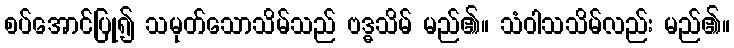
စပ်အောင်ပြု၍ သမုတ်သောသိမ်သည် ဗဒ္ဓသိမ် မည်၏။ သံဝါသသိမ်လည်း မည်၏။